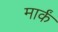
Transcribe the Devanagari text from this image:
मार्कं